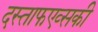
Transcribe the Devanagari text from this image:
दस्ताफएव्सकी